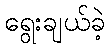
ရွေးချယ်ခဲ့